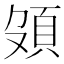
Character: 𩑦